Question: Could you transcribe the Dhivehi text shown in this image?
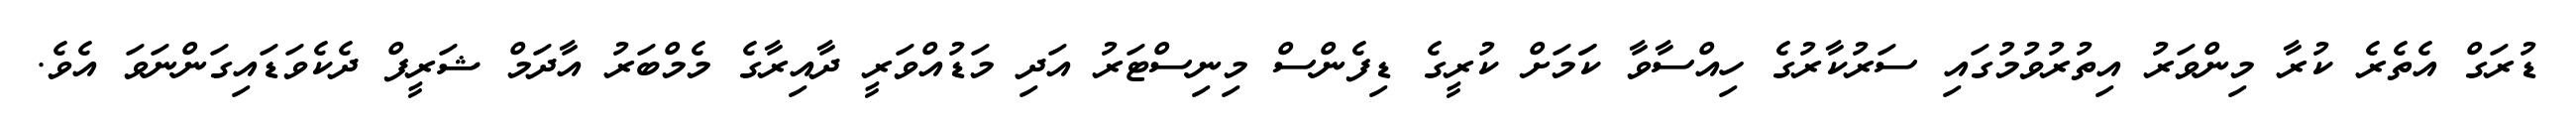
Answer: ޑުރަގް އެތެރެ ކުރާ މިންވަރު އިތުރުވުމުގައި ސަރުކާރުގެ ހިއްސާވާ ކަަމަށް ކުރީގެ ޑިފެންސް މިނިސްޓަރު އަދި މަޑުއްވަރީ ދާއިރާގެ މެމްބަރު އާދަމް ޝަރީފް ދެކެވަޑައިގަންނަވަ އެވެ.